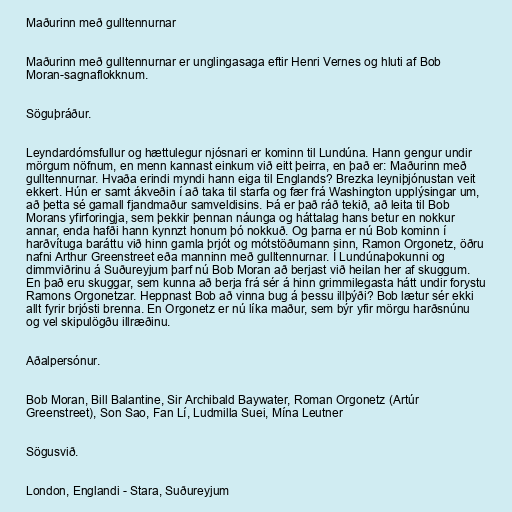
Maðurinn með gulltennurnar

Maðurinn með gulltennurnar er unglingasaga eftir Henri Vernes og hluti af Bob
Moran-sagnaflokknum.

Söguþráður.

Leyndardómsfullur og hættulegur njósnari er kominn til Lundúna. Hann gengur undir
mörgum nöfnum, en menn kannast einkum við eitt þeirra, en það er: Maðurinn með
gulltennurnar. Hvaða erindi myndi hann eiga til Englands? Brezka leyniþjónustan veit
ekkert. Hún er samt ákveðin í að taka til starfa og fær frá Washington upplýsingar um,
að þetta sé gamall fjandmaður samveldisins. Þá er það ráð tekið, að leita til Bob
Morans yfirforingja, sem þekkir þennan náunga og háttalag hans betur en nokkur
annar, enda hafði hann kynnzt honum þó nokkuð. Og þarna er nú Bob kominn í
harðvítuga baráttu við hinn gamla þrjót og mótstöðumann sinn, Ramon Orgonetz, öðru
nafni Arthur Greenstreet eða manninn með gulltennurnar. Í Lundúnaþokunni og
dimmviðrinu á Suðureyjum þarf nú Bob Moran að berjast við heilan her af skuggum.
En það eru skuggar, sem kunna að berja frá sér á hinn grimmilegasta hátt undir forystu
Ramons Orgonetzar. Heppnast Bob að vinna bug á þessu illþýði? Bob lætur sér ekki
allt fyrir brjósti brenna. En Orgonetz er nú líka maður, sem býr yfir mörgu harðsnúnu
og vel skipulögðu illræðinu.

Aðalpersónur.

Bob Moran, Bill Balantine, Sir Archibald Baywater, Roman Orgonetz (Artúr
Greenstreet), Son Sao, Fan Lí, Ludmilla Suei, Mína Leutner

Sögusvið.

London, Englandi - Stara, Suðureyjum